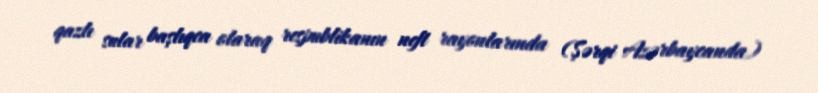
qazlı sular başlıqca olaraq respublikanın neft rayonlarında (Şərqi Azərbaycanda)